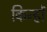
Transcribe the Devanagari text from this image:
किन्हों